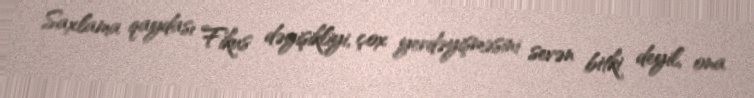
Saxlama qaydası Fikus dəyişikliyi, çox yerdəyişməsini sevən bitki deyil, ona